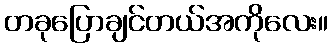
တခုပြောချင်တယ်အကိုလေး။